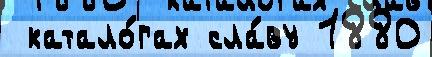
 катало́гах сла́ву 1880